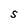
Character: S